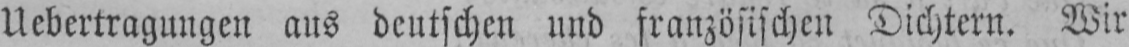
Ubertragungen aus deutschen und französischen Dichtern. Wir